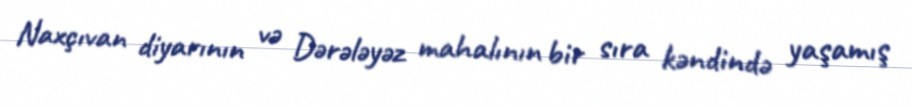
Naxçıvan diyarının və Dərələyəz mahalının bir sıra kəndində yaşamış